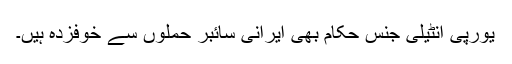
یورپی انٹیلی جنس حکام بھی ایرانی سائبر حملوں سے خوفزدہ ہیں۔